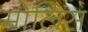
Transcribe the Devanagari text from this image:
मोलिस